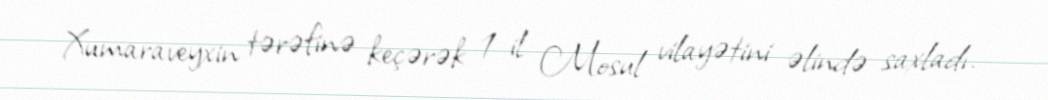
Xumaraveyxin tərəfinə keçərək 1 il Mosul vilayətini əlində saxladı.